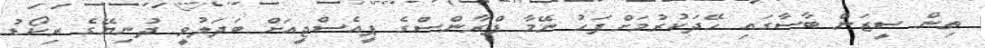
ތިން ސީޒަން ބާސާގައި ހޭދަކުރުމަށްފަހު ނޭމާ ފްރާންސްގެ ޕީއެސްޖީއަށް ބަދަލުވީ ދުނިޔޭގެ ރިކޯޑު